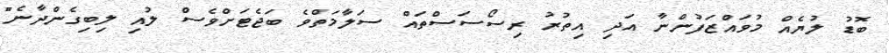
ބޮޑު ލުޔެއް މުވައްޒަފުންނާ އަދި އިތުރު ރިސޯސަސްތައް ސަލާމަތްވެ ބަޖެޓަށްވެސް ލުއި ލިބިގެންދާނެ"